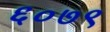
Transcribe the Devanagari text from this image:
६०७९